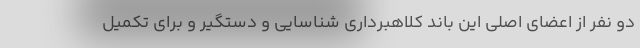
دو نفر از اعضای اصلی این باند کلاهبرداری شناسایی و دستگیر و برای تکمیل